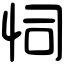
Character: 𢘜